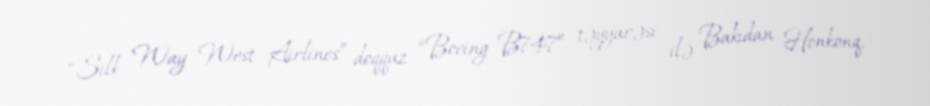
“Silk Way West Airlines” doqquz “Boeing B747” təyyarəsi ilə Bakıdan Honkonq,